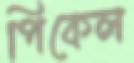
পিকেল